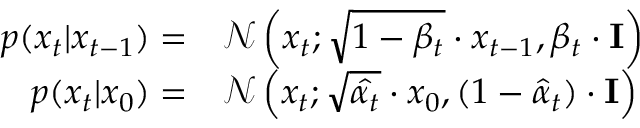
\begin{array} { r l } { p ( x _ { t } | x _ { t - 1 } ) = } & { \mathcal { N } \left( x _ { t } ; \sqrt { 1 - \beta _ { t } } \cdot x _ { t - 1 } , \beta _ { t } \cdot \mathbf { I } \right) } \\ { p ( x _ { t } | x _ { 0 } ) = } & { \mathcal { N } \left( x _ { t } ; \sqrt { \hat { \alpha _ { t } } } \cdot x _ { 0 } , ( 1 - \hat { \alpha } _ { t } ) \cdot \mathbf { I } \right) } \end{array}